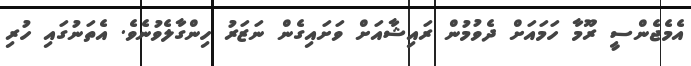
އެމެޖެންސީ ރޫމާ ހަމައަށް ދެވުމުން ރައިޝާއަށް ވަށައިގެން ނަޒަރު ހިންގާލެވުނެވެ. އެތަނުގައި ހުރި